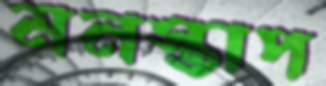
মনস্তাপ